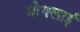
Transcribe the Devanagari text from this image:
मोगलार्इ